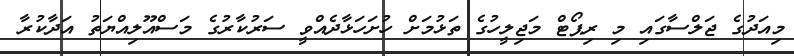
މިއަދުގެ ޖަލްސާގައި މި ރިޕޯޓް މަޖިލީހުގެ ތަޅުމަށް ހުށަހަޅާދެއްވީ ސަރުކާރުގެ މަސްއޫލިއްޔަތު އަދާކުރާ